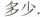
多少.